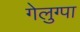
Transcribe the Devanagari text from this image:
गेलुग्पा